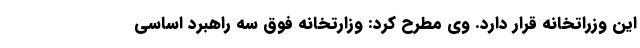
این وزراتخانه قرار دارد. وی مطرح کرد: وزارتخانه فوق سه راهبرد اساسی